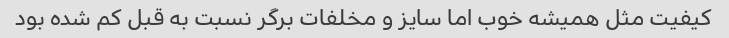
کیفیت مثل همیشه خوب اما سایز و مخلفات برگر نسبت به قبل کم شده بود